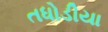
તધોડીયા